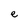
Character: e